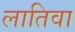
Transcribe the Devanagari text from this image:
लातिवा